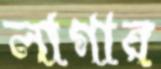
লাগার